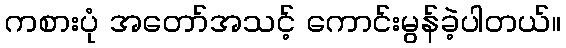
ကစားပုံ အတော်အသင့် ကောင်းမွန်ခဲ့ပါတယ်။